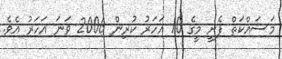
މަސައްކަތް ފެށީ މީގެ 10 އަހަރު ކުރިން 2006 ވަނަ އަހަރު އެވެ.